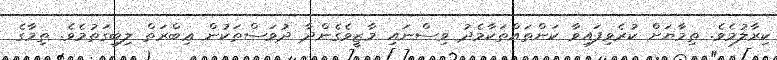
ކިރާލުމެވެ. ތިމާޔަށް ކުރެވިފައިވާ ކަންތައްތަކާމެދު ވިސްނައި މާޒީވެގެންދާ ދުވަސްތަކުން ޢިބްރަތް ލިބިގަތުމެވެ. ތިމާގެ